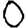
Digit: 0